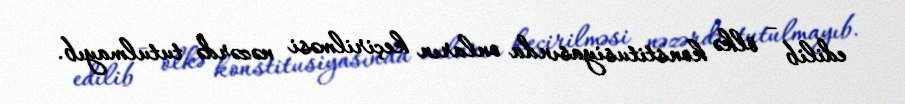
edilib - ölkə konstitusiyasında onların keçirilməsi nəzərdə tutulmayıb.